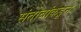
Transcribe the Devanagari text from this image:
संतोबांकडून